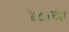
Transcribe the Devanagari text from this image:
४८५च्या